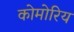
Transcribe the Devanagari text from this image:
कोमोरिय